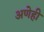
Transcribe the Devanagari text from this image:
अणेही